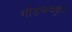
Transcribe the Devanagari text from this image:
गौड़पादकृत